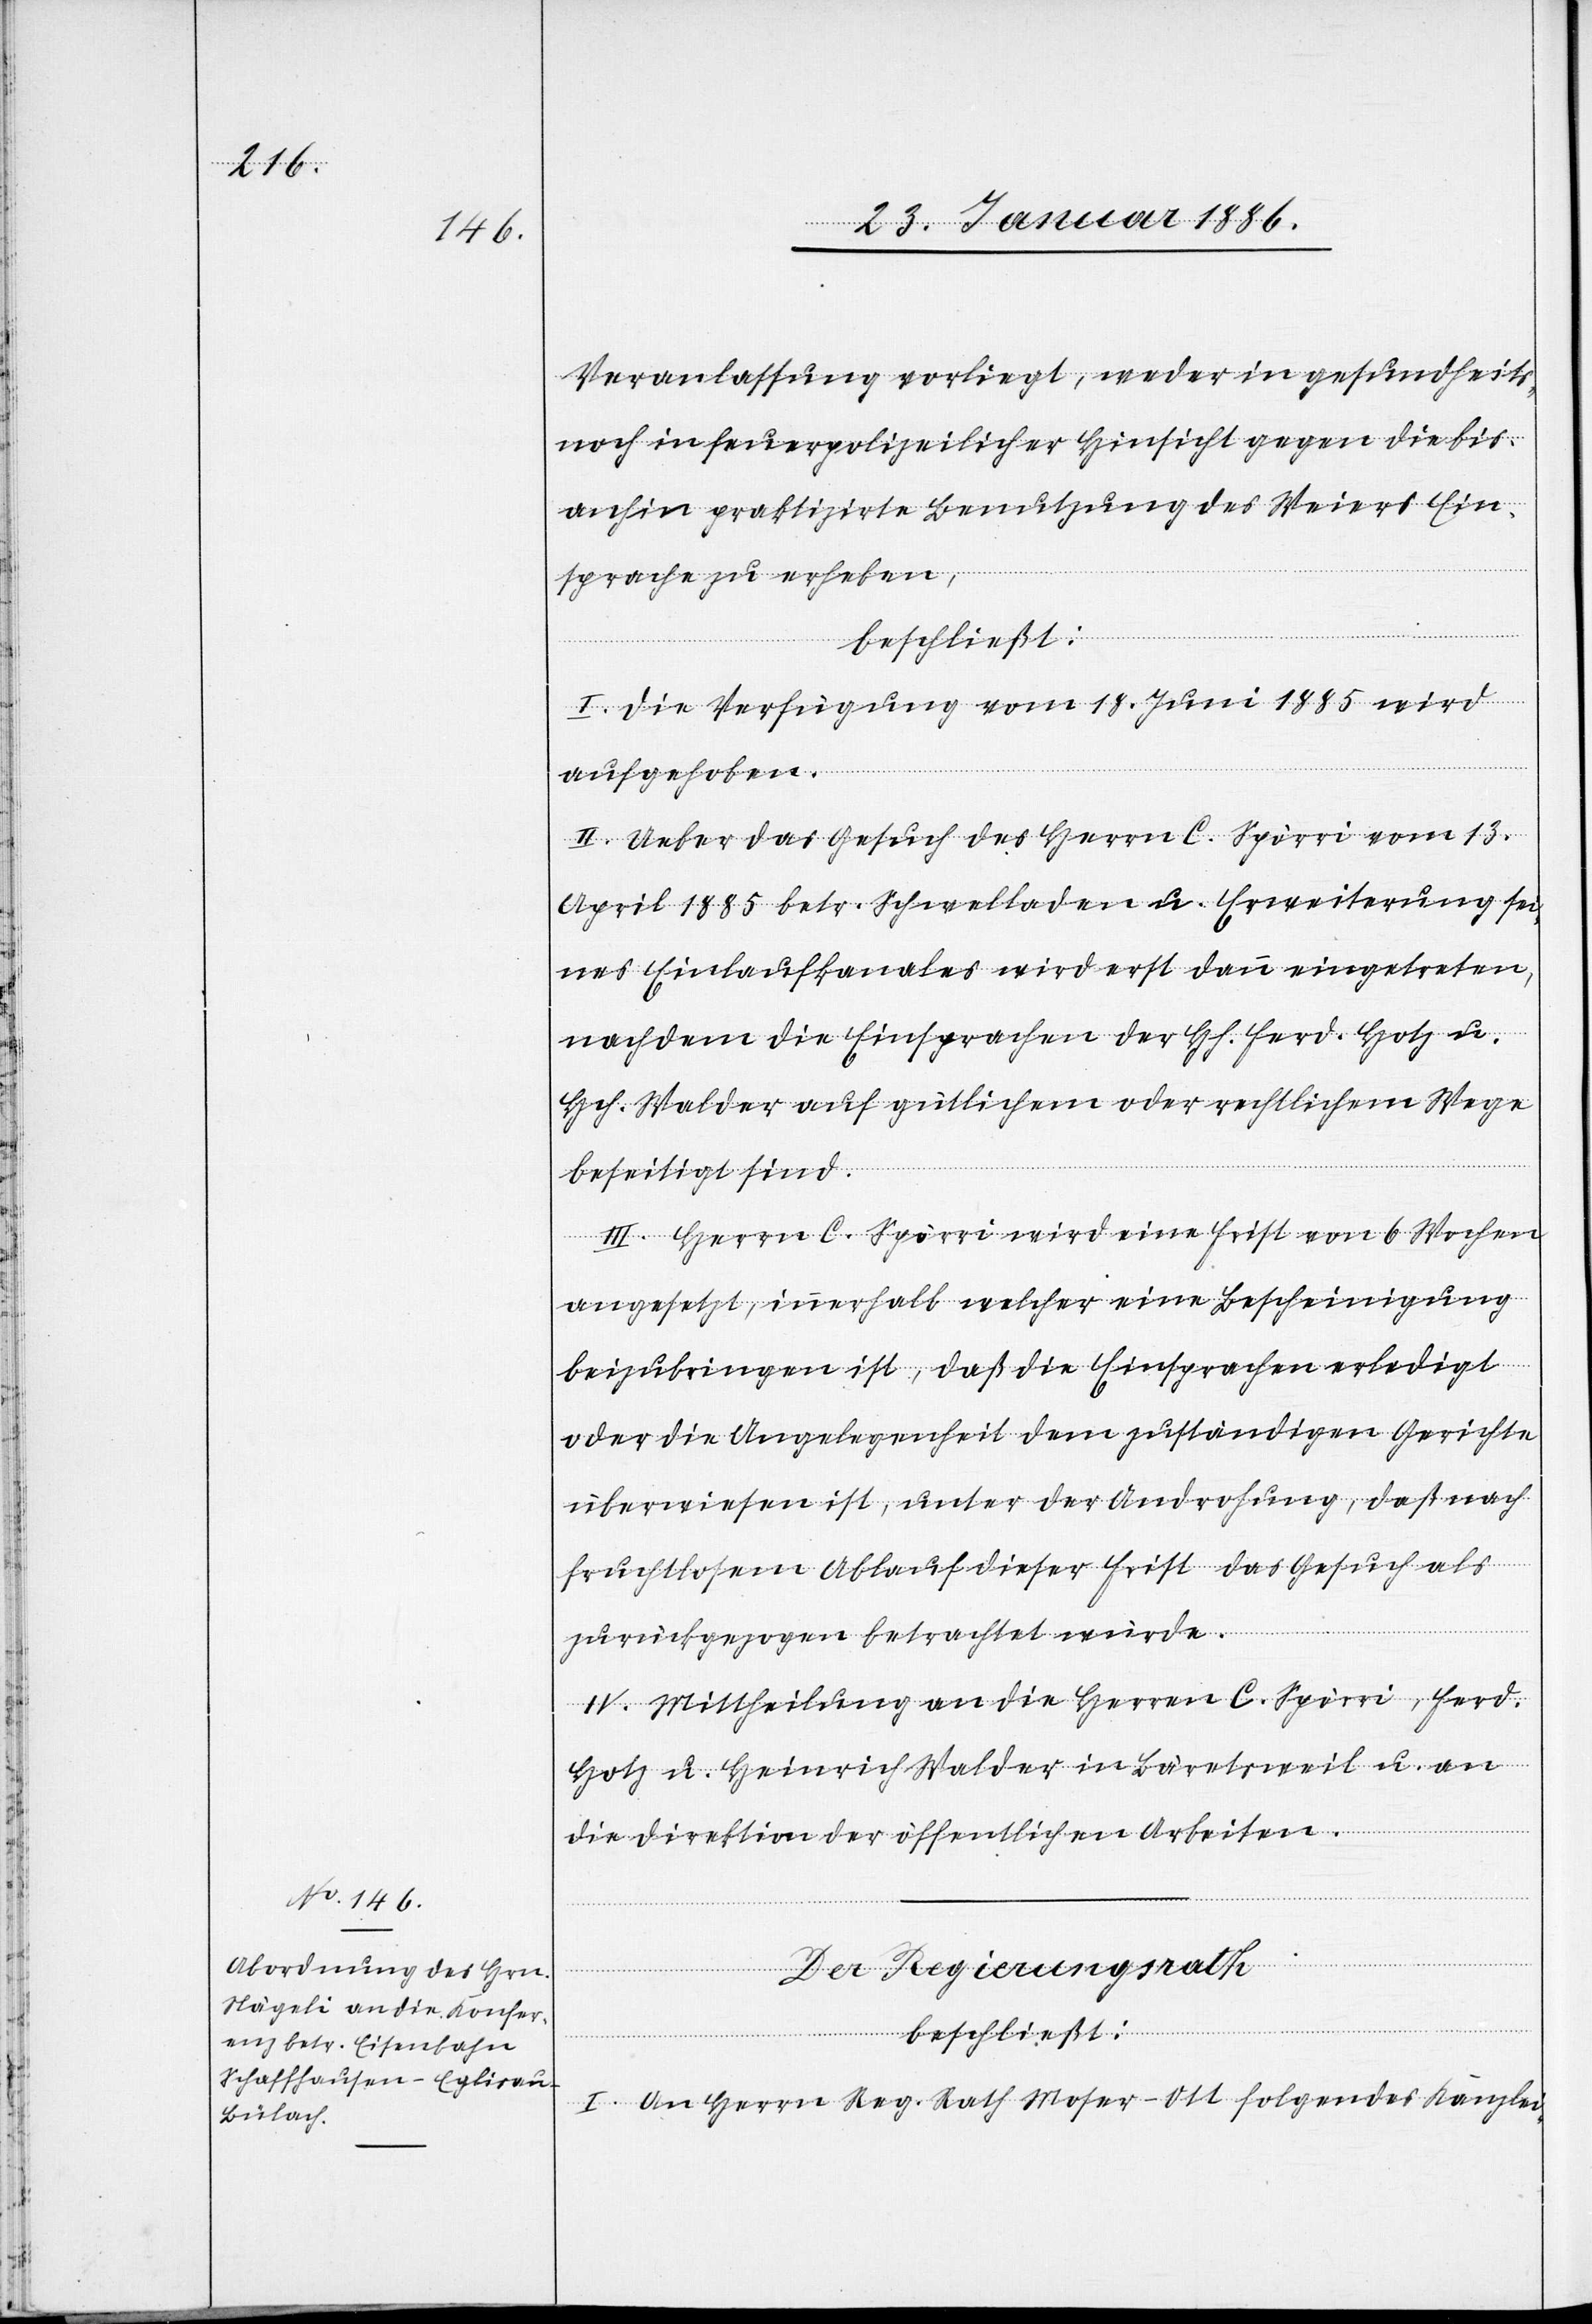
Veranlassung vorliegt, weder in gesundheits-
noch in feuerpolizeilicher Hinsicht gegen die bis
anhin praktizirte Benutzung des Weiers Ein¬
sprache zu erheben,
beschließt:
I. Die Verfügung vom 18. Juni 1885 wird
aufgehoben.
II. Ueber das Gesuch des Herrn C. Spörri vom 13.
April 1885 betr. Schwelladen u. Erweiterung sei¬
nes Einlaufkanales wird erst dann eingetreten,
nachdem die Einsprachen der Hh. Ferd. Hotz u.
Hch. Walder auf gütlichem oder rechtlichem Wege
beseitigt sind.
III. Herrn C. Spörri wird eine Frist von 6 Wochen
angesetzt, innerhalb welcher eine Bescheinigung
beizubringen ist, daß die Einsprachen erledigt
oder die Angelegenheit dem zuständigen Gerichte
überwiesen ist, unter der Androhung, daß nach
fruchtlosem Ablauf dieser Frist das Gesuch als
zurückgezogen betrachtet würde.
IV. Mittheilung an die Herren C. Spörri, Ferd.
Hotz u. Heinrich Walder in Bäretsweil u. an
die Direktion der öffentlichen Arbeiten.
Der Regierungsrath
I. An Herrn Reg. Rath Moser-Ott folgendes Kanzlei-